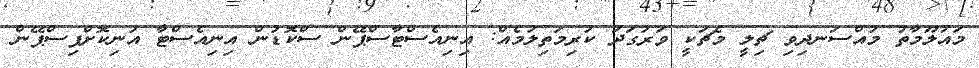
މައުލޫމާތު މުއްސަނދިވި ޗިލީ މެޗަކީ ވަރުގަދަ ކުރިމަތިލުމެއް: އިނިއެސްޓާސްޕޭން ސްކޮޑުން އިނިއެސްޓާ އުނިކޮށްފިސްޕޭން